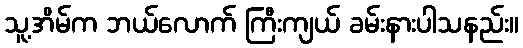
သူ့အိမ်က ဘယ်လောက် ကြီးကျယ် ခမ်းနားပါသနည်း။